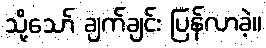
သို့သော် ချက်ချင်း ပြန်လာခဲ့။